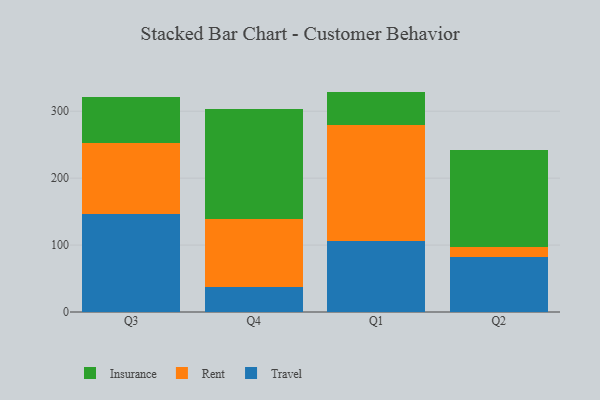
{"axis": {"x": "Quarter", "y": "Tickets Resolved"}, "legend": ["Insurance", "Rent", "Travel"], "data": [{"x": "Q3", "y": 146.5, "type": "Travel"}, {"x": "Q3", "y": 105.9, "type": "Rent"}, {"x": "Q3", "y": 68.3, "type": "Insurance"}, {"x": "Q4", "y": 37.3, "type": "Travel"}, {"x": "Q4", "y": 102.3, "type": "Rent"}, {"x": "Q4", "y": 164.4, "type": "Insurance"}, {"x": "Q1", "y": 106.0, "type": "Travel"}, {"x": "Q1", "y": 173.4, "type": "Rent"}, {"x": "Q1", "y": 49.9, "type": "Insurance"}, {"x": "Q2", "y": 81.5, "type": "Travel"}, {"x": "Q2", "y": 15.7, "type": "Rent"}, {"x": "Q2", "y": 144.3, "type": "Insurance"}]}